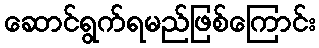
ဆောင်ရွက်ရမည်ဖြစ်ကြောင်း